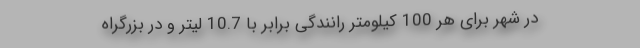
در شهر برای هر 100 کیلومتر رانندگی برابر با 10.7 لیتر و در بزرگراه